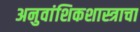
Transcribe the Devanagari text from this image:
अनुवांशिकशास्त्राचा